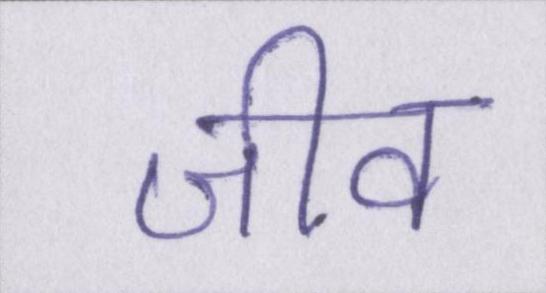
जीव